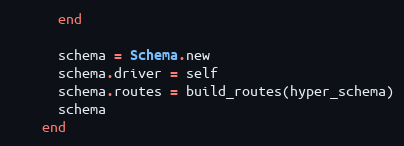
Language: Ruby
      end

      schema = Schema.new
      schema.driver = self
      schema.routes = build_routes(hyper_schema)
      schema
    end